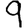
Digit: 9